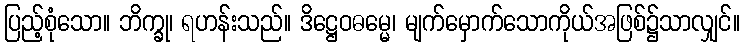
ပြည့်စုံသော။ ဘိက္ခု၊ ရဟန်းသည်။ ဒိဋ္ဌေဝဓမ္မေ၊ မျက်မှောက်သောကိုယ်အဖြစ်၌သာလျှင်။